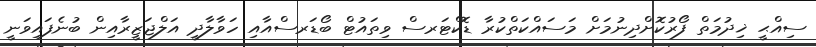
ސިއްޙީ ޚިދުމަތް ފޯރުކޮށްދިނުމަށް މަސައްކަތްކުރާ ޑޮކްޓަރސް ވިތައުޓް ބޯޑަރސްއާއި ހަވާލާދީ އަލްޖަޒީރާއިން ބުނެފައިވަނީ